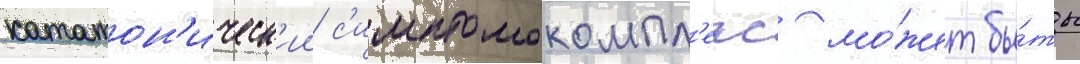
кататон'ическ'ии с'имптомокомпл'екс мо́жет бы́ть